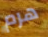
هرم